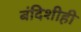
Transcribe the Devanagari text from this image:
बंदिशीही